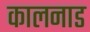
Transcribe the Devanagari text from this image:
कालनाड